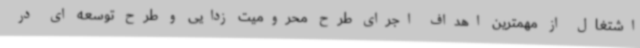
اشتغال از مهمترین اهداف اجرای طرح محرومیت زدایی و طرح توسعه ای در